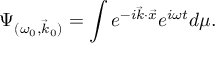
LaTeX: \Psi _ { ( \omega _ { 0 } , \vec { k } _ { 0 } ) } = \int e ^ { - i \vec { k } { \cdot } \vec { x } } e ^ { i \omega t } d \mu .